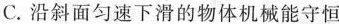
C.沿斜面匀速下滑的物体机械能守恒